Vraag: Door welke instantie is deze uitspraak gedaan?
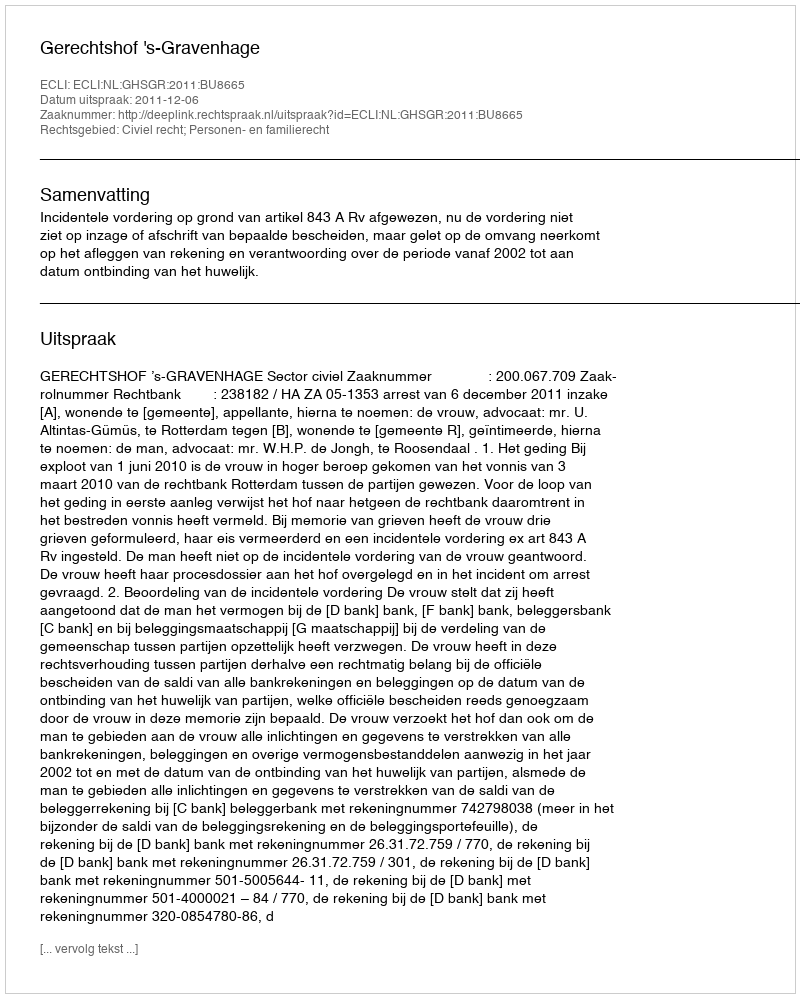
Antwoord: Gerechtshof 's-Gravenhage